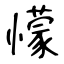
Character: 懞